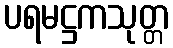
ပရမဋ္ဌကသုတ္တ